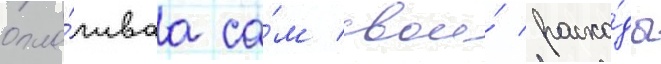
опла́чиваа са́м свои́ расхо́ды